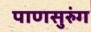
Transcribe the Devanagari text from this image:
पाणसुरुंग